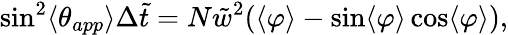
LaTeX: \sin^{2}\langle\theta_{app}\rangle\Delta\tilde{t}=N{\tilde{w}^{2}}(\langle\varphi\rangle-\sin\langle\varphi\rangle\cos\langle\varphi\rangle),